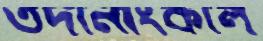
তদানীংকাল